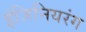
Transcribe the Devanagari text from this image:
इंजिनियरंग